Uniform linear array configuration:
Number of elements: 4
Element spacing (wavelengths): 0.5
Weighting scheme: kaiser
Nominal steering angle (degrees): -15
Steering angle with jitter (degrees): -15.228
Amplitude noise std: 0.05
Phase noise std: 0.05

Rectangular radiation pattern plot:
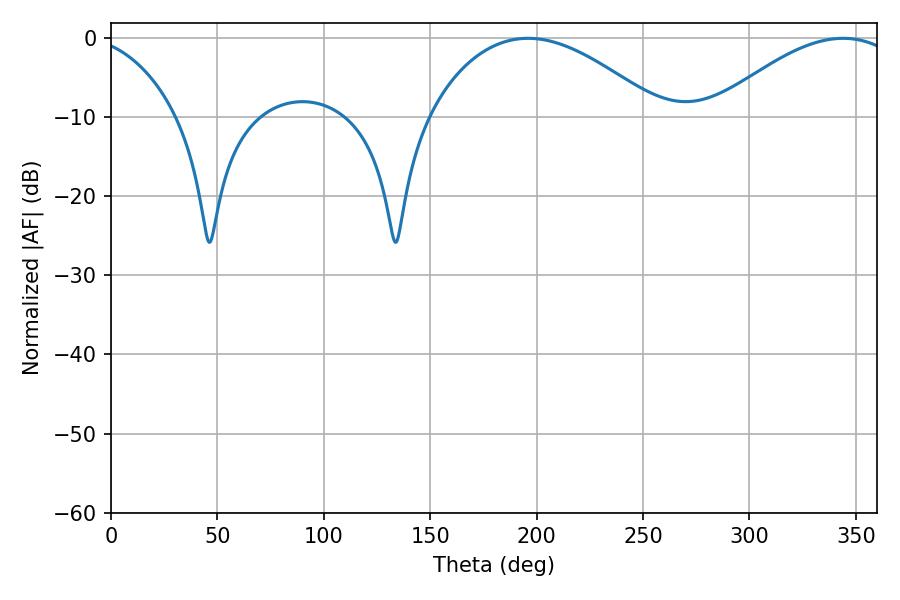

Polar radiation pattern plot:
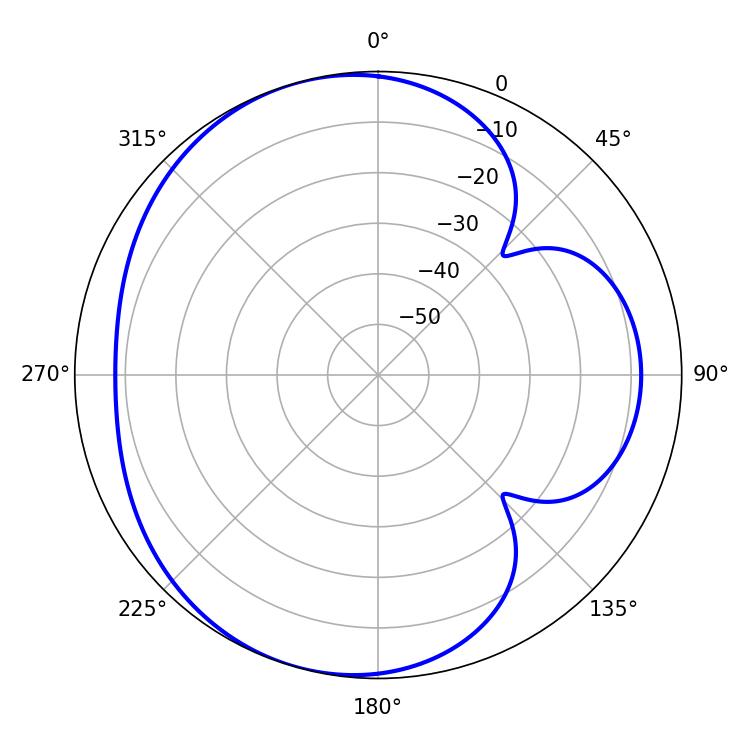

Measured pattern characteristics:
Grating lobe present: FALSE
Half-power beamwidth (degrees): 60.3
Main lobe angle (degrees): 196.02